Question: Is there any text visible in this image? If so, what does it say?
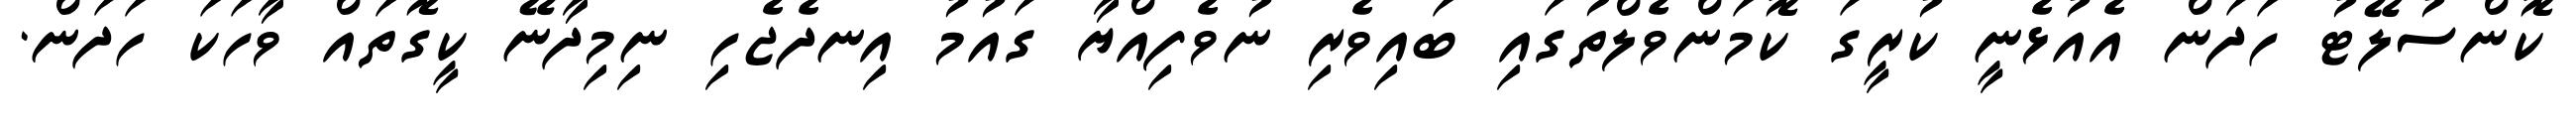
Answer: ކޮންސުލޭޓު ހަދަން އެއުޅެނީ ކުރީގަ ކޮމަންވެލްތުގައި ބައިވެރި ނުވެފިއްޔާ ގައުމު އިނދެޖެހި ނިމިދާނޭ ކީގޮތައް ވާހަކަ ހަދަން.